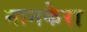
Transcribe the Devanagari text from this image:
नानकेरा